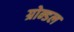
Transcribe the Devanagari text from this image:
ग्रोन्डल